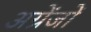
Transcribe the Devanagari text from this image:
अग्रेंजों